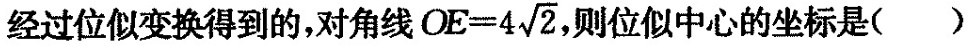
经过位似变换得到的，对角线 $$OE=4 \sqrt{2}$$ 则位似中心的坐标是()